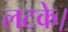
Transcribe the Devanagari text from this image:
लटके।